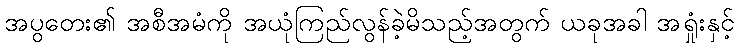
အပွတေး၏ အစီအမံကို အယုံကြည်လွန်ခဲ့မိသည့်အတွက် ယခုအခါ အရှုံးနှင့်